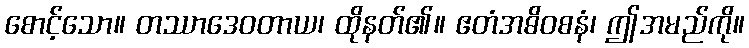
စောင့်သော။ တဿာဒေဝတာယ၊ ထိုနတ်၏။ ဧတံအဓိဝစနံ၊ ဤအမည်ကို။